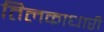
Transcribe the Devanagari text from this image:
तिलकाधारी